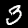
Digit: 3